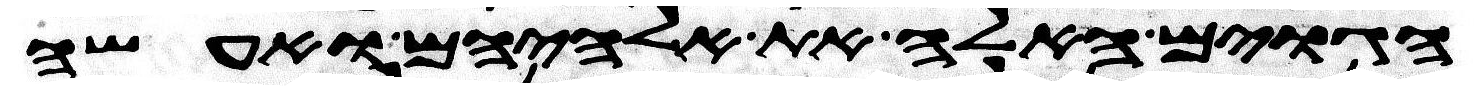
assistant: הגוים האלה את אלהיהם ואעשה